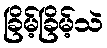
ခြိမ့်ခြိမ့်သဲ